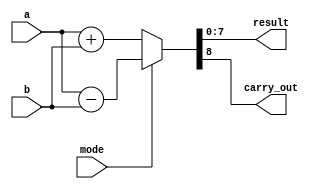
module adder_subtractor_8bit(
    input [7:0] a,
    input [7:0] b,
    input mode,  // 0 for addition, 1 for subtraction
    output reg [7:0] result,
    output reg carry_out
);
    always @(a, b, mode) begin
        if (mode == 1'b0) begin
            // Addition
            {carry_out, result} = a + b;
        end else begin
            // Subtraction
            {carry_out, result} = a - b;
        end
    end
endmodule